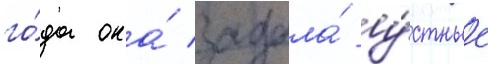
го́да она́ задала́ у́стные